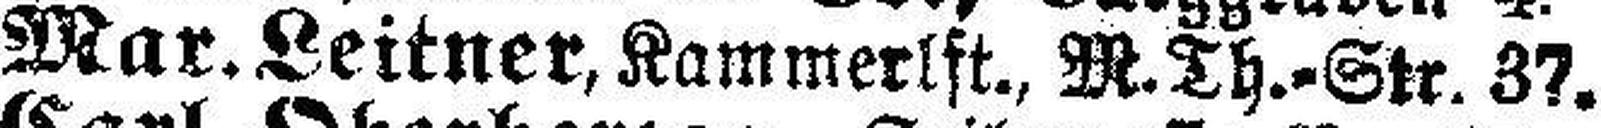
Mar. Leitner, Kammerlft., M.Th.=Str. 37.